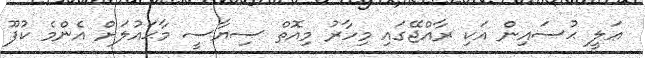
ޢަލީ ޙުސައިން އަކި ރާއްޖޭގައި މިހާރު މިއޮތް ސިޔާސީ މާޙައުލަށް އެންމެ ކުފޫ